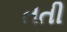
તતી